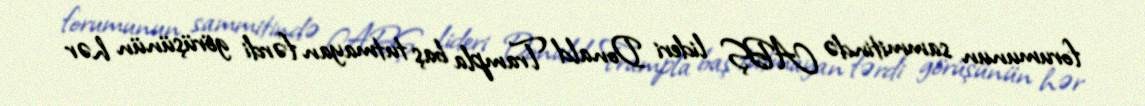
forumunun sammitində ABŞ lideri Donald Trampla baş tutmayan fərdi görüşünün hər